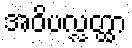
အဝိပလ္လတ္ထာ